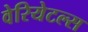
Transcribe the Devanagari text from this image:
वेरियेटल्स